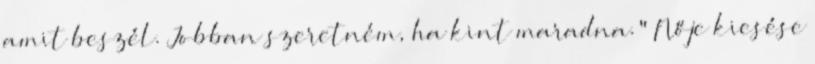
amit beszél. Jobban szeretném, ha kint maradna." Nője kiesése